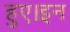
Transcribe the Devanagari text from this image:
हुए।इन